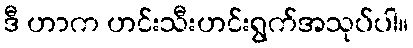
ဒီ ဟာက ဟင်းသီးဟင်းရွက်အသုပ်ပါ။